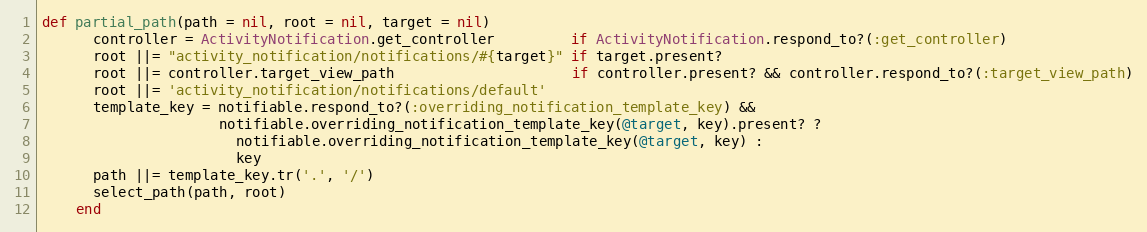
Language: Ruby
def partial_path(path = nil, root = nil, target = nil)
      controller = ActivityNotification.get_controller         if ActivityNotification.respond_to?(:get_controller)
      root ||= "activity_notification/notifications/#{target}" if target.present?
      root ||= controller.target_view_path                     if controller.present? && controller.respond_to?(:target_view_path)
      root ||= 'activity_notification/notifications/default'
      template_key = notifiable.respond_to?(:overriding_notification_template_key) &&
                     notifiable.overriding_notification_template_key(@target, key).present? ?
                       notifiable.overriding_notification_template_key(@target, key) :
                       key
      path ||= template_key.tr('.', '/')
      select_path(path, root)
    end